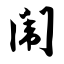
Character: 闱